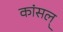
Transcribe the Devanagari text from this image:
कांसल्